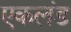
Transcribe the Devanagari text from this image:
एकलंड